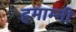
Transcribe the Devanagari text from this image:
हमाम्नी